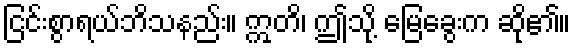
ငြင်းစွာရယ်ဘိသနည်း။ ဣတိ၊ ဤသို့ မြေခွေးက ဆို၏။